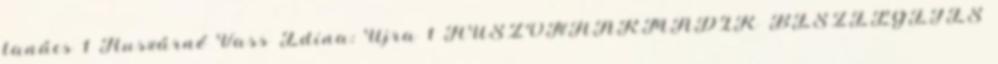
tanács 1 Huszárné Vass Edina: Újra 1 HUSZONHARMADIK BESZÉLGETÉS